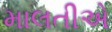
માલતીએ